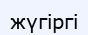
жүгіргі